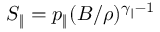
S _ { \| } = p _ { \| } ( B / \rho ) ^ { \gamma _ { \| } - 1 }